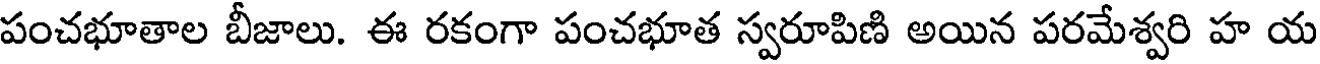
పంచభూతాల బీజాలు. ఈ రకంగా పంచభూత స్వరూపిణి అయిన పరమేశ్వరి హ య